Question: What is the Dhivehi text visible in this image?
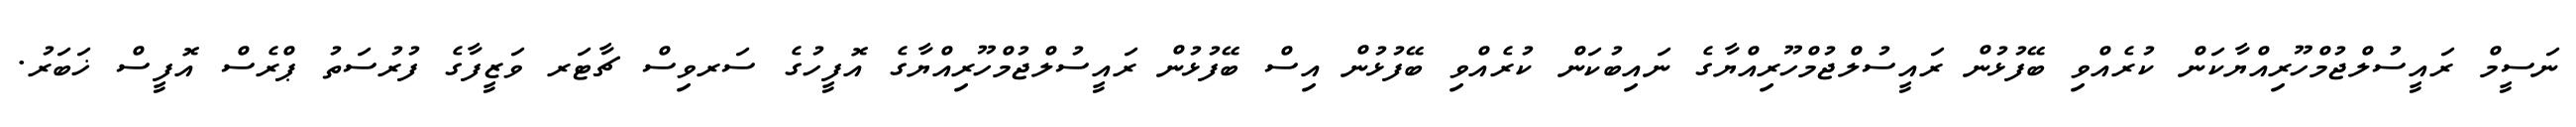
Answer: ނަސީމް ރައީސުލްޖުމްހޫރިއްޔާކަން ކުރެއްވި ބޭފުޅުން ރައީސުލްޖުމްހޫރިއްޔާގެ ނައިބުކަން ކުރެއްވި ބޭފުޅުން އިސް ބޭފުޅުން ރައީސުލްޖުމްހޫރިއްޔާގެ އޮފީހުގެ ސަރވިސް ޗާޓަރ ވަޒީފާގެ ފުރުސަތު ޕްރެސް އޮފީސް ޚަބަރު.